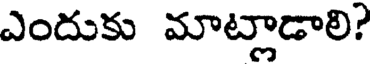
ఎందుకు మాట్లాడాలి?